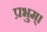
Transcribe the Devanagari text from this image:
प्रभुम्।